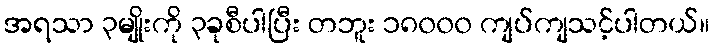
အရသာ ၃မျိုးကို ၃ခုစီပါပြီး တဘူး ၁၈၀၀၀ ကျပ်ကျသင့်ပါတယ်။